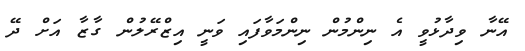
އޭނާ ވިދާޅުވީ އެ ނިންމުން ނިންމަވާފައި ވަނީ އިޒްރޭލުން ގާޒާ އަށް ދޭ